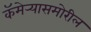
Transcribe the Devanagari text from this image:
कॅमेर्‍यासमोरील